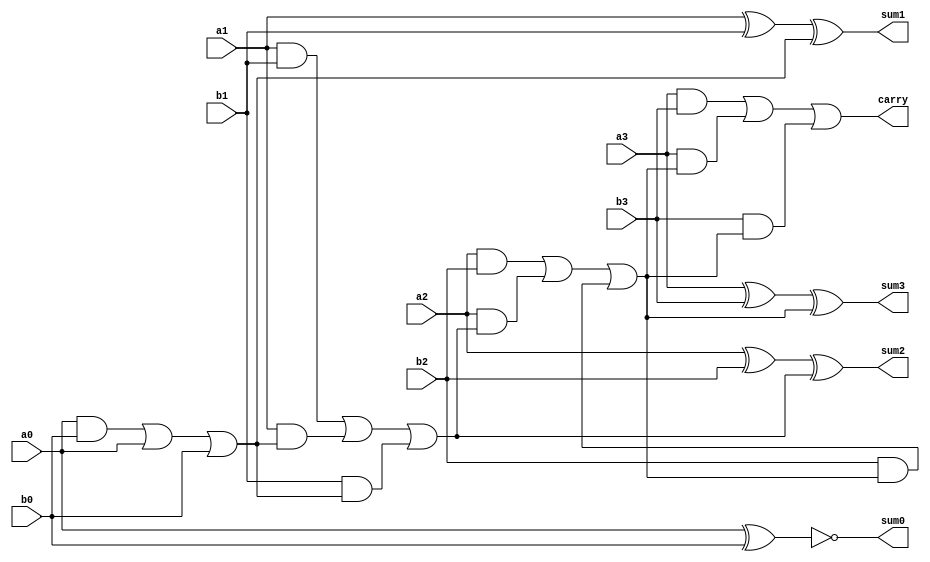
module four_bit_full_adder(a0, a1, a2, a3, b0, b1, b2, b3, sum0, sum1, sum2, sum3, carry);

	input a0, a1, a2, a3, b0, b1, b2,b3;
	output sum0, sum1, sum2, sum3, carry;

	assign carry_in = 1;
	assign sum0 = a0 ^ b0 ^ carry_in;
	assign carry0 = a0&b0 | a0&carry_in | b0&carry_in;

	assign sum1 = a1 ^ b1 ^ carry0;
	assign carry1 = a1&b1 | a1&carry0 | b1&carry0;

	assign sum2 = a2 ^ b2 ^ carry1;
	assign carry2 = a2&b2 | a2&carry1 | b2&carry2;

	assign sum3 = a3 ^ b3 ^ carry2;
	assign carry = a3&b3 | a3&carry2 | b3&carry2;

endmodule